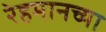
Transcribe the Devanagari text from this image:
रेहमानच्या